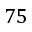
7 5